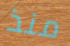
منذ